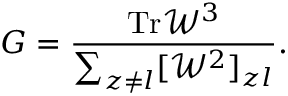
G = \frac { \mathrm { T r } \mathcal { W ^ { 3 } } } { \sum _ { z \neq l } [ \mathcal { W } ^ { 2 } ] _ { z l } } .